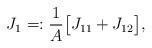
LaTeX: \begin{align*}J_1=:\frac{1}{A}\big[J_{11}+J_{12}\big],\end{align*}